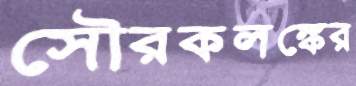
সৌরকলঙ্কের